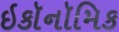
ઇકૉનૉમિક